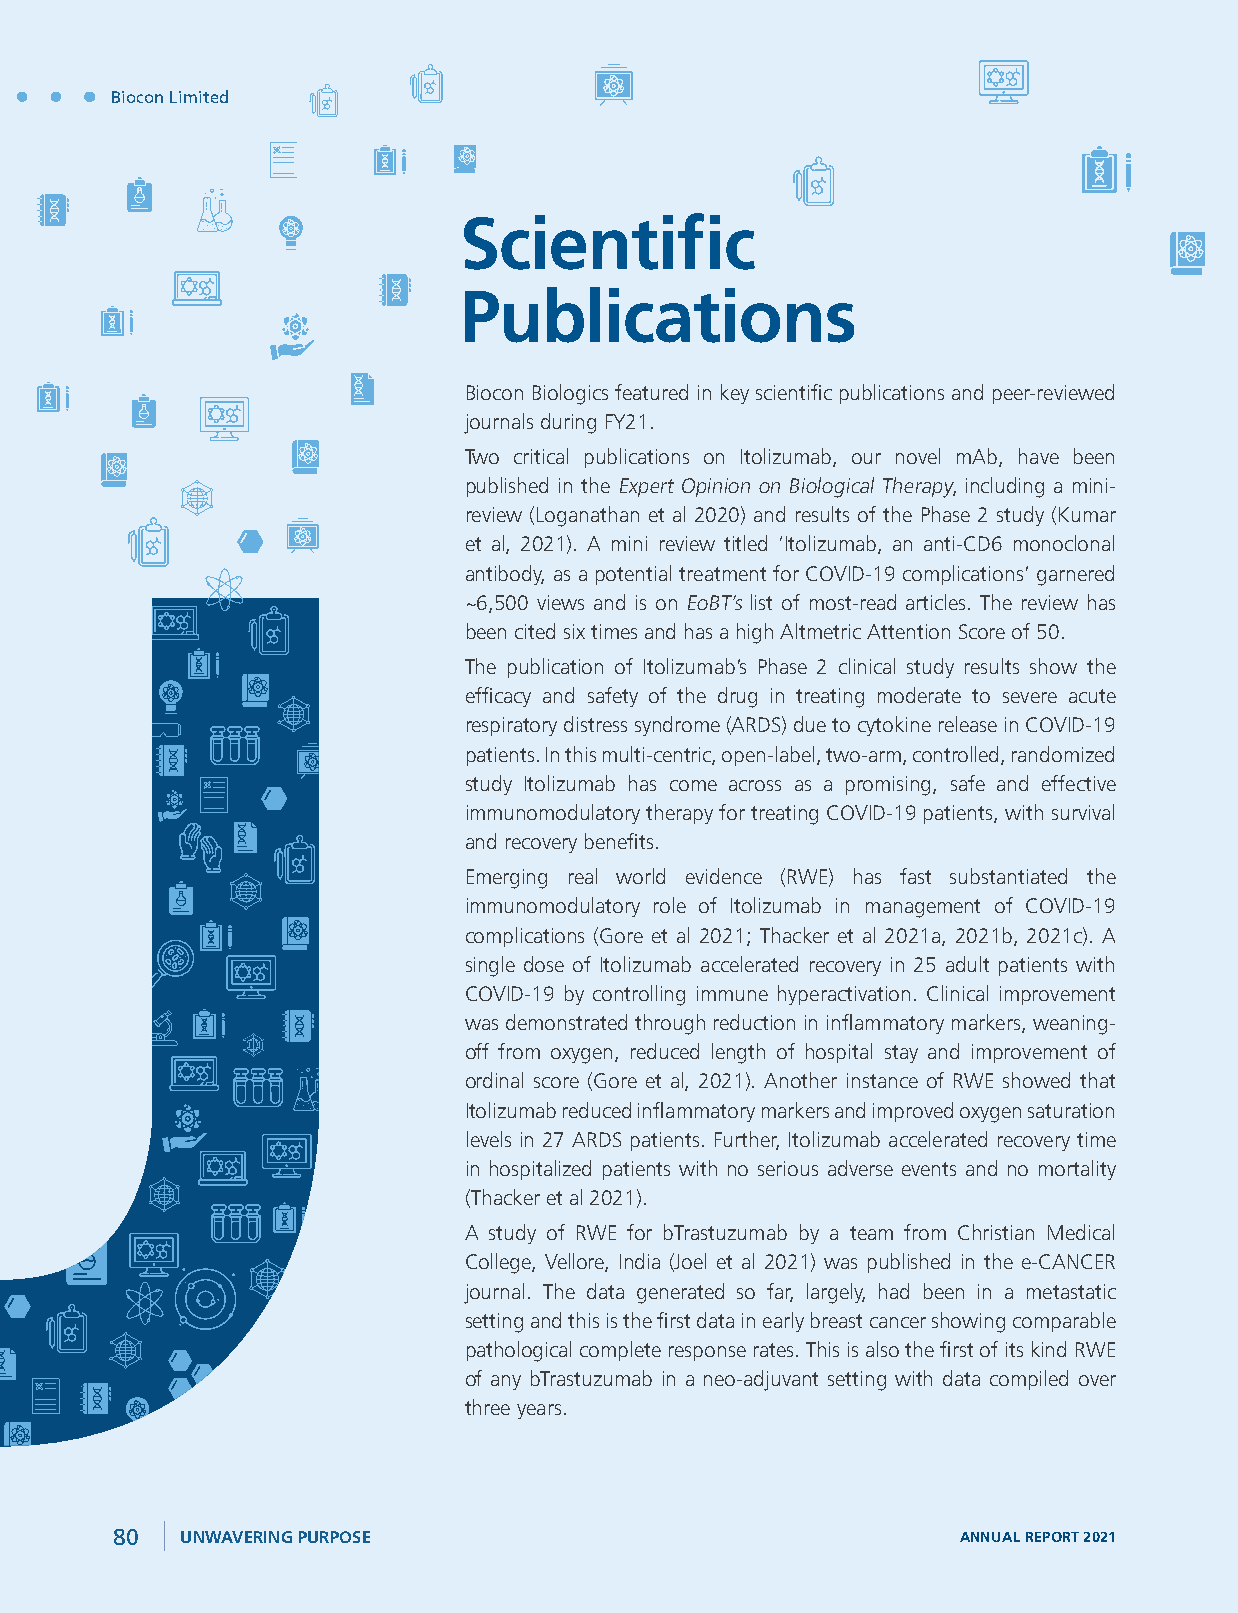
Biocon Limited
 Scientific
 Publications
 Biocon Biologics featured in key scientific publications and peer-reviewed
 journals during FY21.
 Two critical publications on Itolizumab, our novel mAb, have been
 published in the Expert Opinion on Biological Therapy, including a mini-
 review (Loganathan et al 2020) and results of the Phase 2 study (Kumar
 et al, 2021). A mini review titled ‘Itolizumab, an anti-CD6 monoclonal
 antibody, as a potential treatment for COVID-19 complications’ garnered
 ~6,500 views and is on EoBT’s list of most-read articles. The review has
 been cited six times and has a high Altmetric Attention Score of 50.
 The publication of Itolizumab’s Phase 2 clinical study results show the
 efficacy and safety of the drug in treating moderate to severe acute
 respiratory distress syndrome (ARDS) due to cytokine release in COVID-19
 patients. In this multi-centric, open-label, two-arm, controlled, randomized
 study Itolizumab has come across as a promising, safe and effective
 immunomodulatory therapy for treating COVID-19 patients, with survival
 and recovery benefits.
 Emerging real world evidence (RWE) has fast substantiated the
 immunomodulatory role of Itolizumab in management of COVID-19
 complications (Gore et al 2021; Thacker et al 2021a, 2021b, 2021c). A
 single dose of Itolizumab accelerated recovery in 25 adult patients with
 COVID-19 by controlling immune hyperactivation. Clinical improvement
 was demonstrated through reduction in inflammatory markers, weaning-
 off from oxygen, reduced length of hospital stay and improvement of
 ordinal score (Gore et al, 2021). Another instance of RWE showed that
 Itolizumab reduced inflammatory markers and improved oxygen saturation
 levels in 27 ARDS patients. Further, Itolizumab accelerated recovery time
 in hospitalized patients with no serious adverse events and no mortality
 (Thacker et al 2021).
 A study of RWE for bTrastuzumab by a team from Christian Medical
 College, Vellore, India (Joel et al 2021) was published in the e-CANCER
 journal. The data generated so far, largely, had been in a metastatic
 setting and this is the first data in early breast cancer showing comparable
 pathological complete response rates. This is also the first of its kind RWE
 of any bTrastuzumab in a neo-adjuvant setting with data compiled over
 three years.
 80   UNWAVERING PURPOSE                                  ANNUAL REPORT 2021